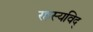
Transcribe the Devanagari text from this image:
रहस्यविद्